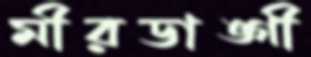
মীরডাঙ্গী